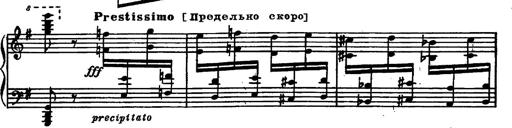
Title: Magyar rapszÃ³diÃ¡k
Composer: Franz Liszt